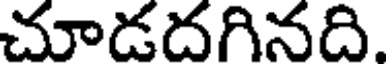
చూడదగినది.